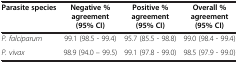
| Parasite species | Negative % agreement (95% CI) | Positive % agreement (95% CI) | Overall % agreement (95% CI) |
 | --- | --- | --- | --- |
 | P. falciparum | 99.1 (98.5 - 99.4) | 95.7 (85.5 - 98.8) | 99.0 (98.4 - 99.4) |
 | P. vivax | 98.9 (94.0 – 99.5) | 99.1 (97.8 - 99.0) | 98.5 (97.9 - 99.0) |